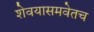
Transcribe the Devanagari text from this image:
शेवयासमवेतच